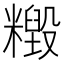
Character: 𥼹